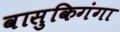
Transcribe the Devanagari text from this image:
वासुकिगंगा